65_HS1-834228961_62-HQ-83894_Section_8
Agency: FBI
Page 210
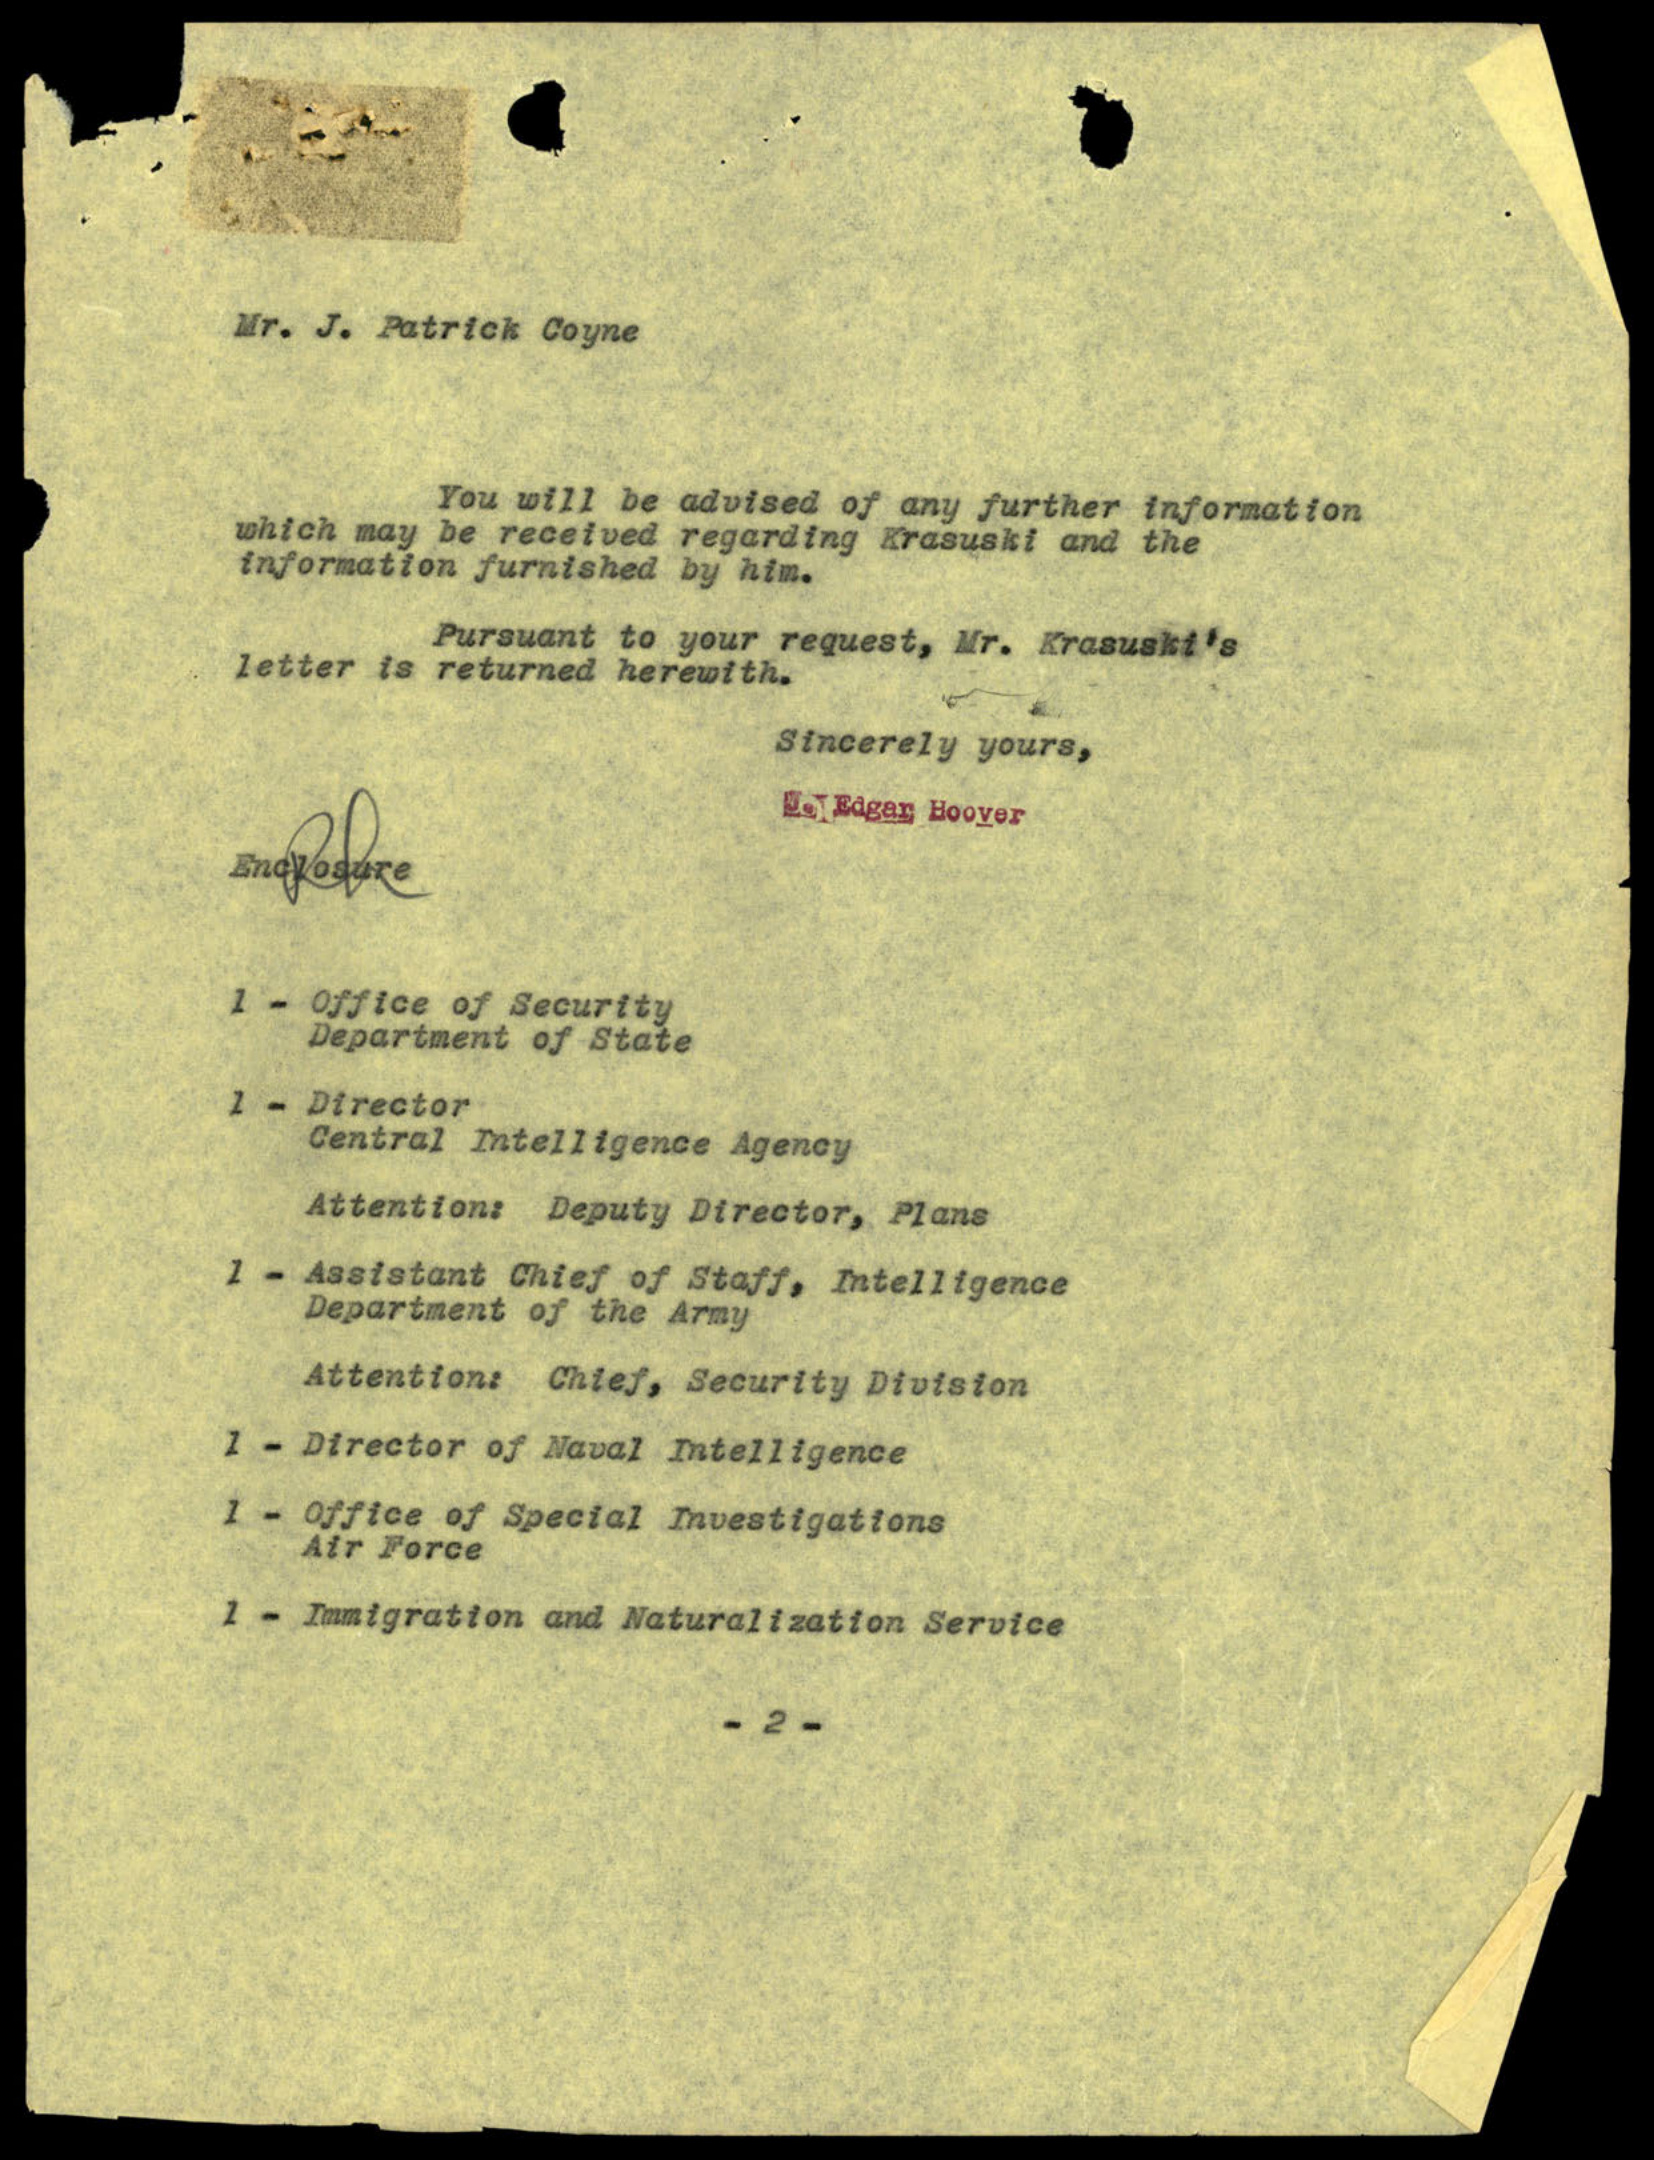